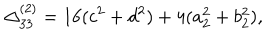
\Delta _ { 3 3 } ^ { ( 2 ) } = 1 6 ( c ^ { 2 } + d ^ { 2 } ) + 4 ( a _ { 2 } ^ { 2 } + b _ { 2 } ^ { 2 } ) ,